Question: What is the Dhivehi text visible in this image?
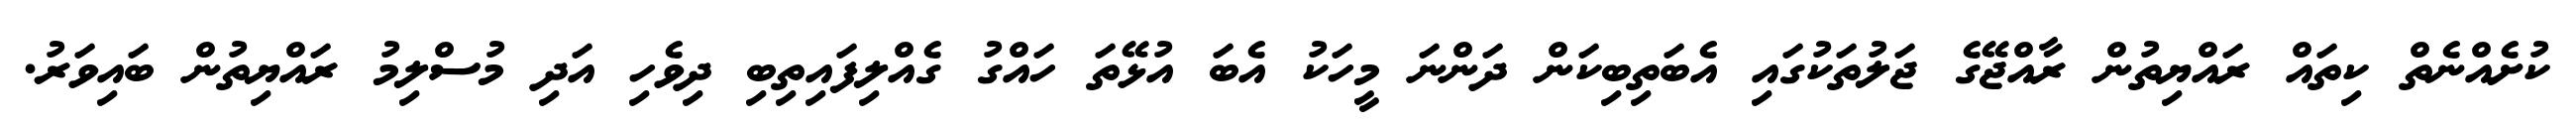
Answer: ކުށެއްނެތް ކިތައް ރައްޔިތުން ރާއްޖޭގެ ޖަލުތަކުގައި އެބަތިބިކަން ދަންނަ މީހަކު އެބަ އުޅޭތަ ހައްގު ގެއްލިފައިތިބި ދިވެހި އަދި މުސްލިމު ރައްޔިތުން ބައިވަރު.